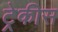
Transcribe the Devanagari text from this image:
ट्रेकीस